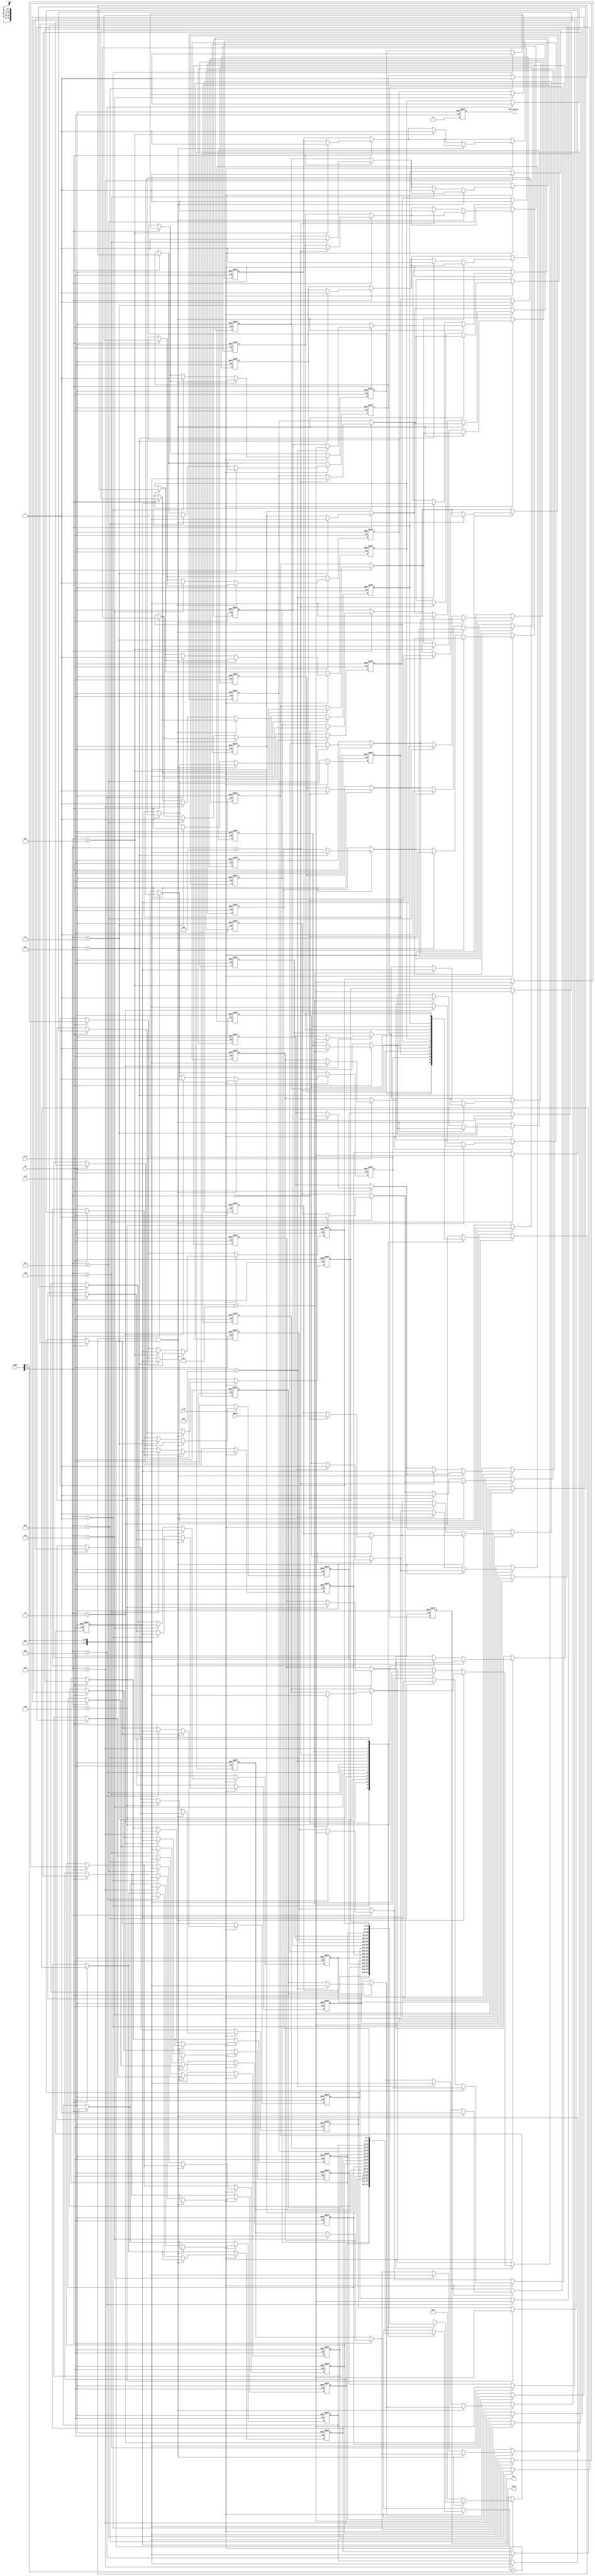
module write_through_cache #(
    parameter CACHE_SIZE = 16, // Number of cache entries
    parameter ADDRESS_WIDTH = 8, // Address width
    parameter DATA_WIDTH = 32 // Data width
)(
    input wire clk,
    input wire rst,
    input wire [ADDRESS_WIDTH-1:0] addr,
    input wire [DATA_WIDTH-1:0] wdata,
    input wire r_en,
    input wire w_en,
    output reg [DATA_WIDTH-1:0] rdata,
    output reg hit,
    output reg mem_access
);

    // Cache storage (data)
    reg [DATA_WIDTH-1:0] cache_data[CACHE_SIZE-1:0];
    // Tag array
    reg [ADDRESS_WIDTH-1:0] cache_tags[CACHE_SIZE-1:0];
    // Valid bits
    reg valid[CACHE_SIZE-1:0];

    // Extract index from address (assuming direct-mapped cache)
    wire [4:0] index = addr[4:0]; // Assuming CACHE_SIZE = 16, so 4 bits for index
    wire [ADDRESS_WIDTH-1:0] tag = addr[ADDRESS_WIDTH-1:5]; // Remaining bits as tag

    // Reset logic
    integer i;
    always @(posedge clk or posedge rst) begin
        if (rst) begin
            for (i = 0; i < CACHE_SIZE; i = i + 1) begin
                valid[i] <= 1'b0; // Invalidate all cache entries
                cache_data[i] <= {DATA_WIDTH{1'b0}};
                cache_tags[i] <= {ADDRESS_WIDTH{1'b0}};
            end
            hit <= 1'b0;
            mem_access <= 1'b0;
            rdata <= {DATA_WIDTH{1'b0}};
        end else begin
            // Handle write operation
            if (w_en) begin
                // Write to cache and memory simultaneously
                cache_data[index] <= wdata;
                cache_tags[index] <= tag;
                valid[index] <= 1'b1; // Mark as valid
                // Simulate memory write (in a real design this would interface with memory)
                mem_access <= 1'b1; // Indicate memory access
            end

            // Handle read operation
            if (r_en) begin
                if (valid[index] && (cache_tags[index] == tag)) begin
                    // Cache hit
                    rdata <= cache_data[index];
                    hit <= 1'b1;
                end else begin
                    // Cache miss
                    // Simulate memory read (in a real design this would interface with memory)
                    rdata <= {DATA_WIDTH{1'b0}}; // Assume reading 0 for simulation
                    // On a cache miss, we would also update the cache
                    cache_data[index] <= rdata; // Load data from memory (not implemented here)
                    cache_tags[index] <= tag;
                    valid[index] <= 1'b1; // Mark as valid
                    mem_access <= 1'b1; // Indicate memory access
                end
            end

            // Clear memory access flag after one cycle
            mem_access <= 1'b0;
        end
    end
endmodule